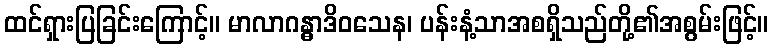
ထင်ရှားပြခြင်းကြောင့်။ မာလာဂန္ဓာဒိဝသေန၊ ပန်းနံ့သာအစရှိသည်တို့၏အစွမ်းဖြင့်။